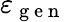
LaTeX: \varepsilon_{\mathrm{~g~e~n~}}